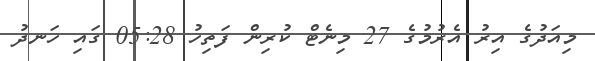
މިއަދުގެ އިރު އެރުމުގެ 27 މިނެޓް ކުރިން ފަތިހު 05:28 ގައި ހަނދު